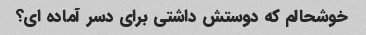
خوشحالم که دوستش داشتی برای دسر آماده ای؟